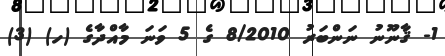
1- ޤާނޫނު ނަންބަރު 8/2010 ގެ 5 ވަނަ މާއްދާގެ (ހ) (3)